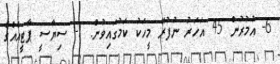
6- އުމުރުން 45 އަހަރު ނުފުރޭ މީހަކު ކަމުގައިވުން. 7- ސިޔާސީ ޕާޓީއެއްގެ